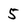
Character: 5